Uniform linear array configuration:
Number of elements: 16
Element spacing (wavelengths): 0.75
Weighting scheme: blackman
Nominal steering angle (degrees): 15
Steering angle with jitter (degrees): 15.875
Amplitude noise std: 0.05
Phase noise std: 0.05

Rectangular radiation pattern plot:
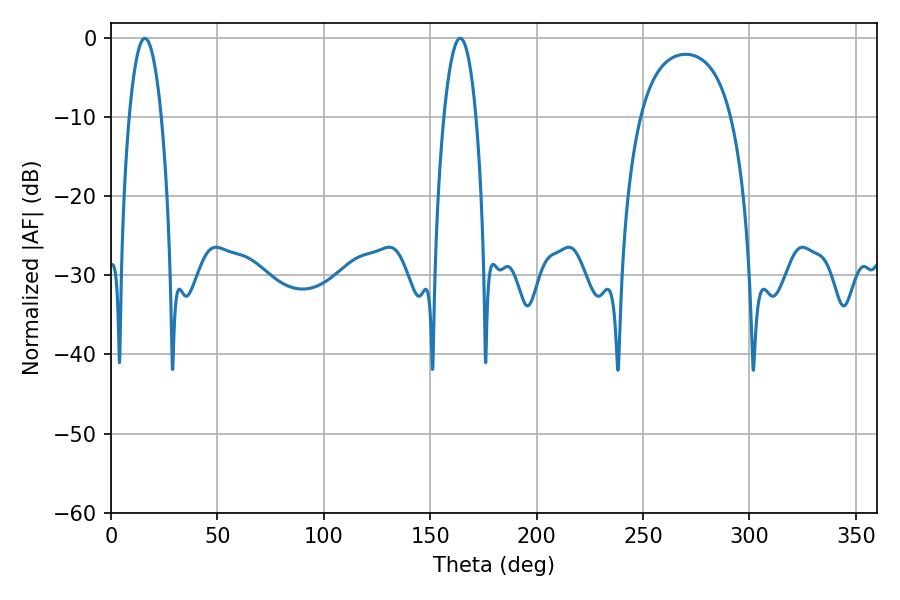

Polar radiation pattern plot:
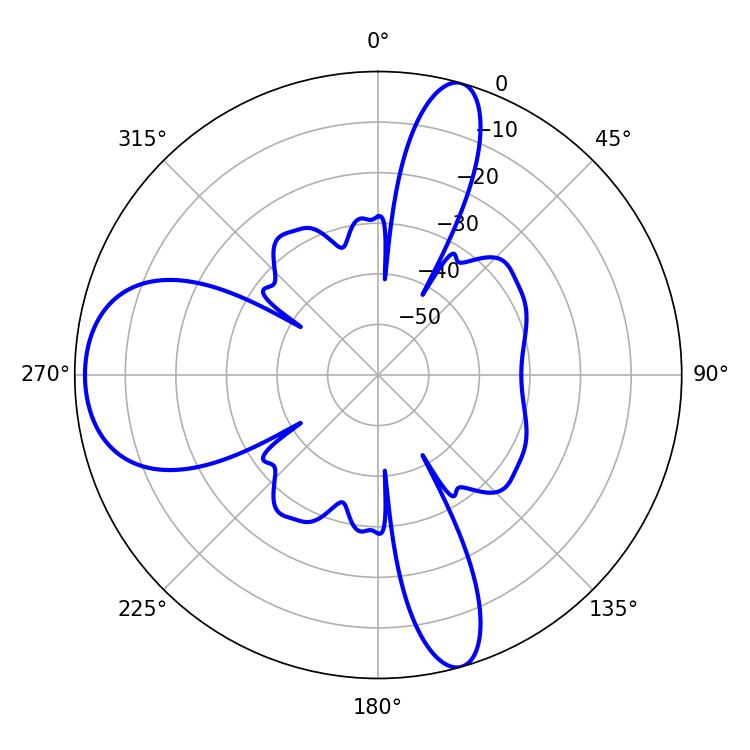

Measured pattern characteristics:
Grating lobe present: TRUE
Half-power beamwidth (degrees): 8.46
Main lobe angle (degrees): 15.84